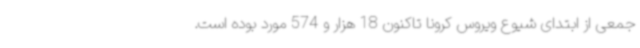
جمعی از ابتدای شیوع ویروس کرونا تاکنون 18 هزار و 574 مورد بوده است.